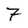
Character: 7